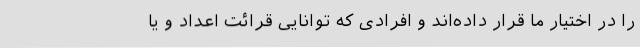
را در اختیار ما قرار داده‌اند و افرادی که توانایی قرائت اعداد و یا